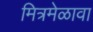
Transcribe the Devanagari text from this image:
मित्रमेळावा